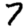
Digit: 7